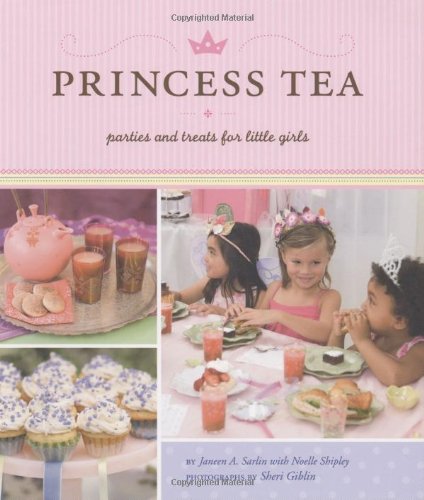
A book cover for Princess Tea; Janeen A. Sarlin; Cookbooks, Food & Wine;